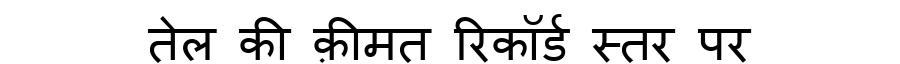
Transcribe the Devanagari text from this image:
तेल की क़ीमत रिकॉर्ड स्तर पर